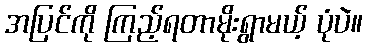
အပြင်ကို ကြည့်ရတာမိုးရွာမယ့် ပုံပဲ။